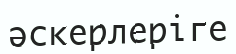
әскерлеріге